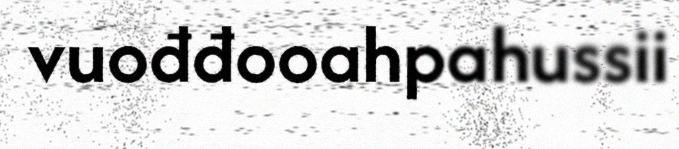
vuođđooahpahussii